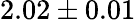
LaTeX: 2.02\pm 0.01